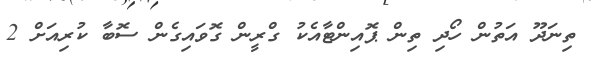
ތިނަދޫ އަތުން ހޯދި ތިން ޕޮއިންޓާއެކު ގްރީން ގޮވައިގެން ސޮބާ ކުރިއަށް 2